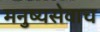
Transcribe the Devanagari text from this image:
मनुष्यसेवाच